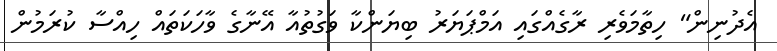
އެދުނިން" ހިތާމަވެރި ރާގެއްގައި އަމްޕަޔަރު ބިޔަންކާ ވަގުތުއާ އޭނާގެ ވާހަކަތައް ހިއްސާ ކުރަމުން